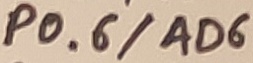
Text: P0.6/AD6